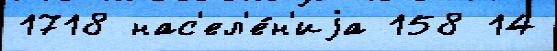
1718 нас'ел'е́н'иjа 158 14